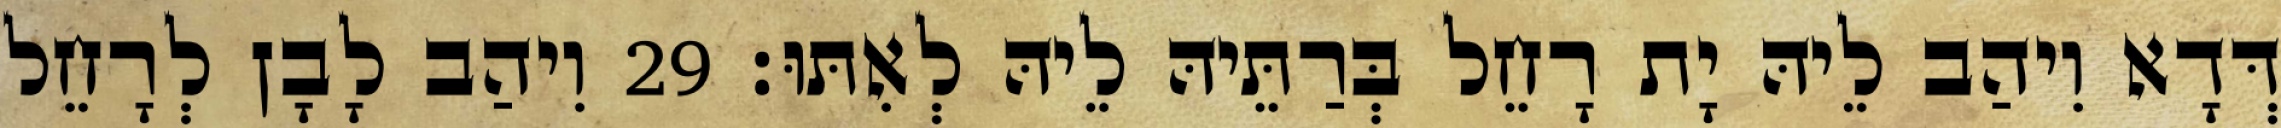
דְּדָא וִיהַב לֵיהּ יָת רָחֵל בְּרַתֵּיהּ לֵיהּ לְאִתּוּ׃ 29 וִיהַב לָבָן לְרָחֵל